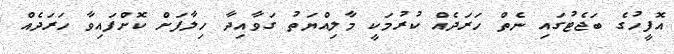
އޮފީހުގެ ބަޖެޓުގައި ނެތް ހަރަދެއް ކުރުމަކީ މާލިއްޔަތު ގަވާއިދާ ހިލާފަށް ކޮށްފައިވާ ހަރަދެއް